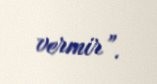
vermir”.